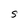
Character: S